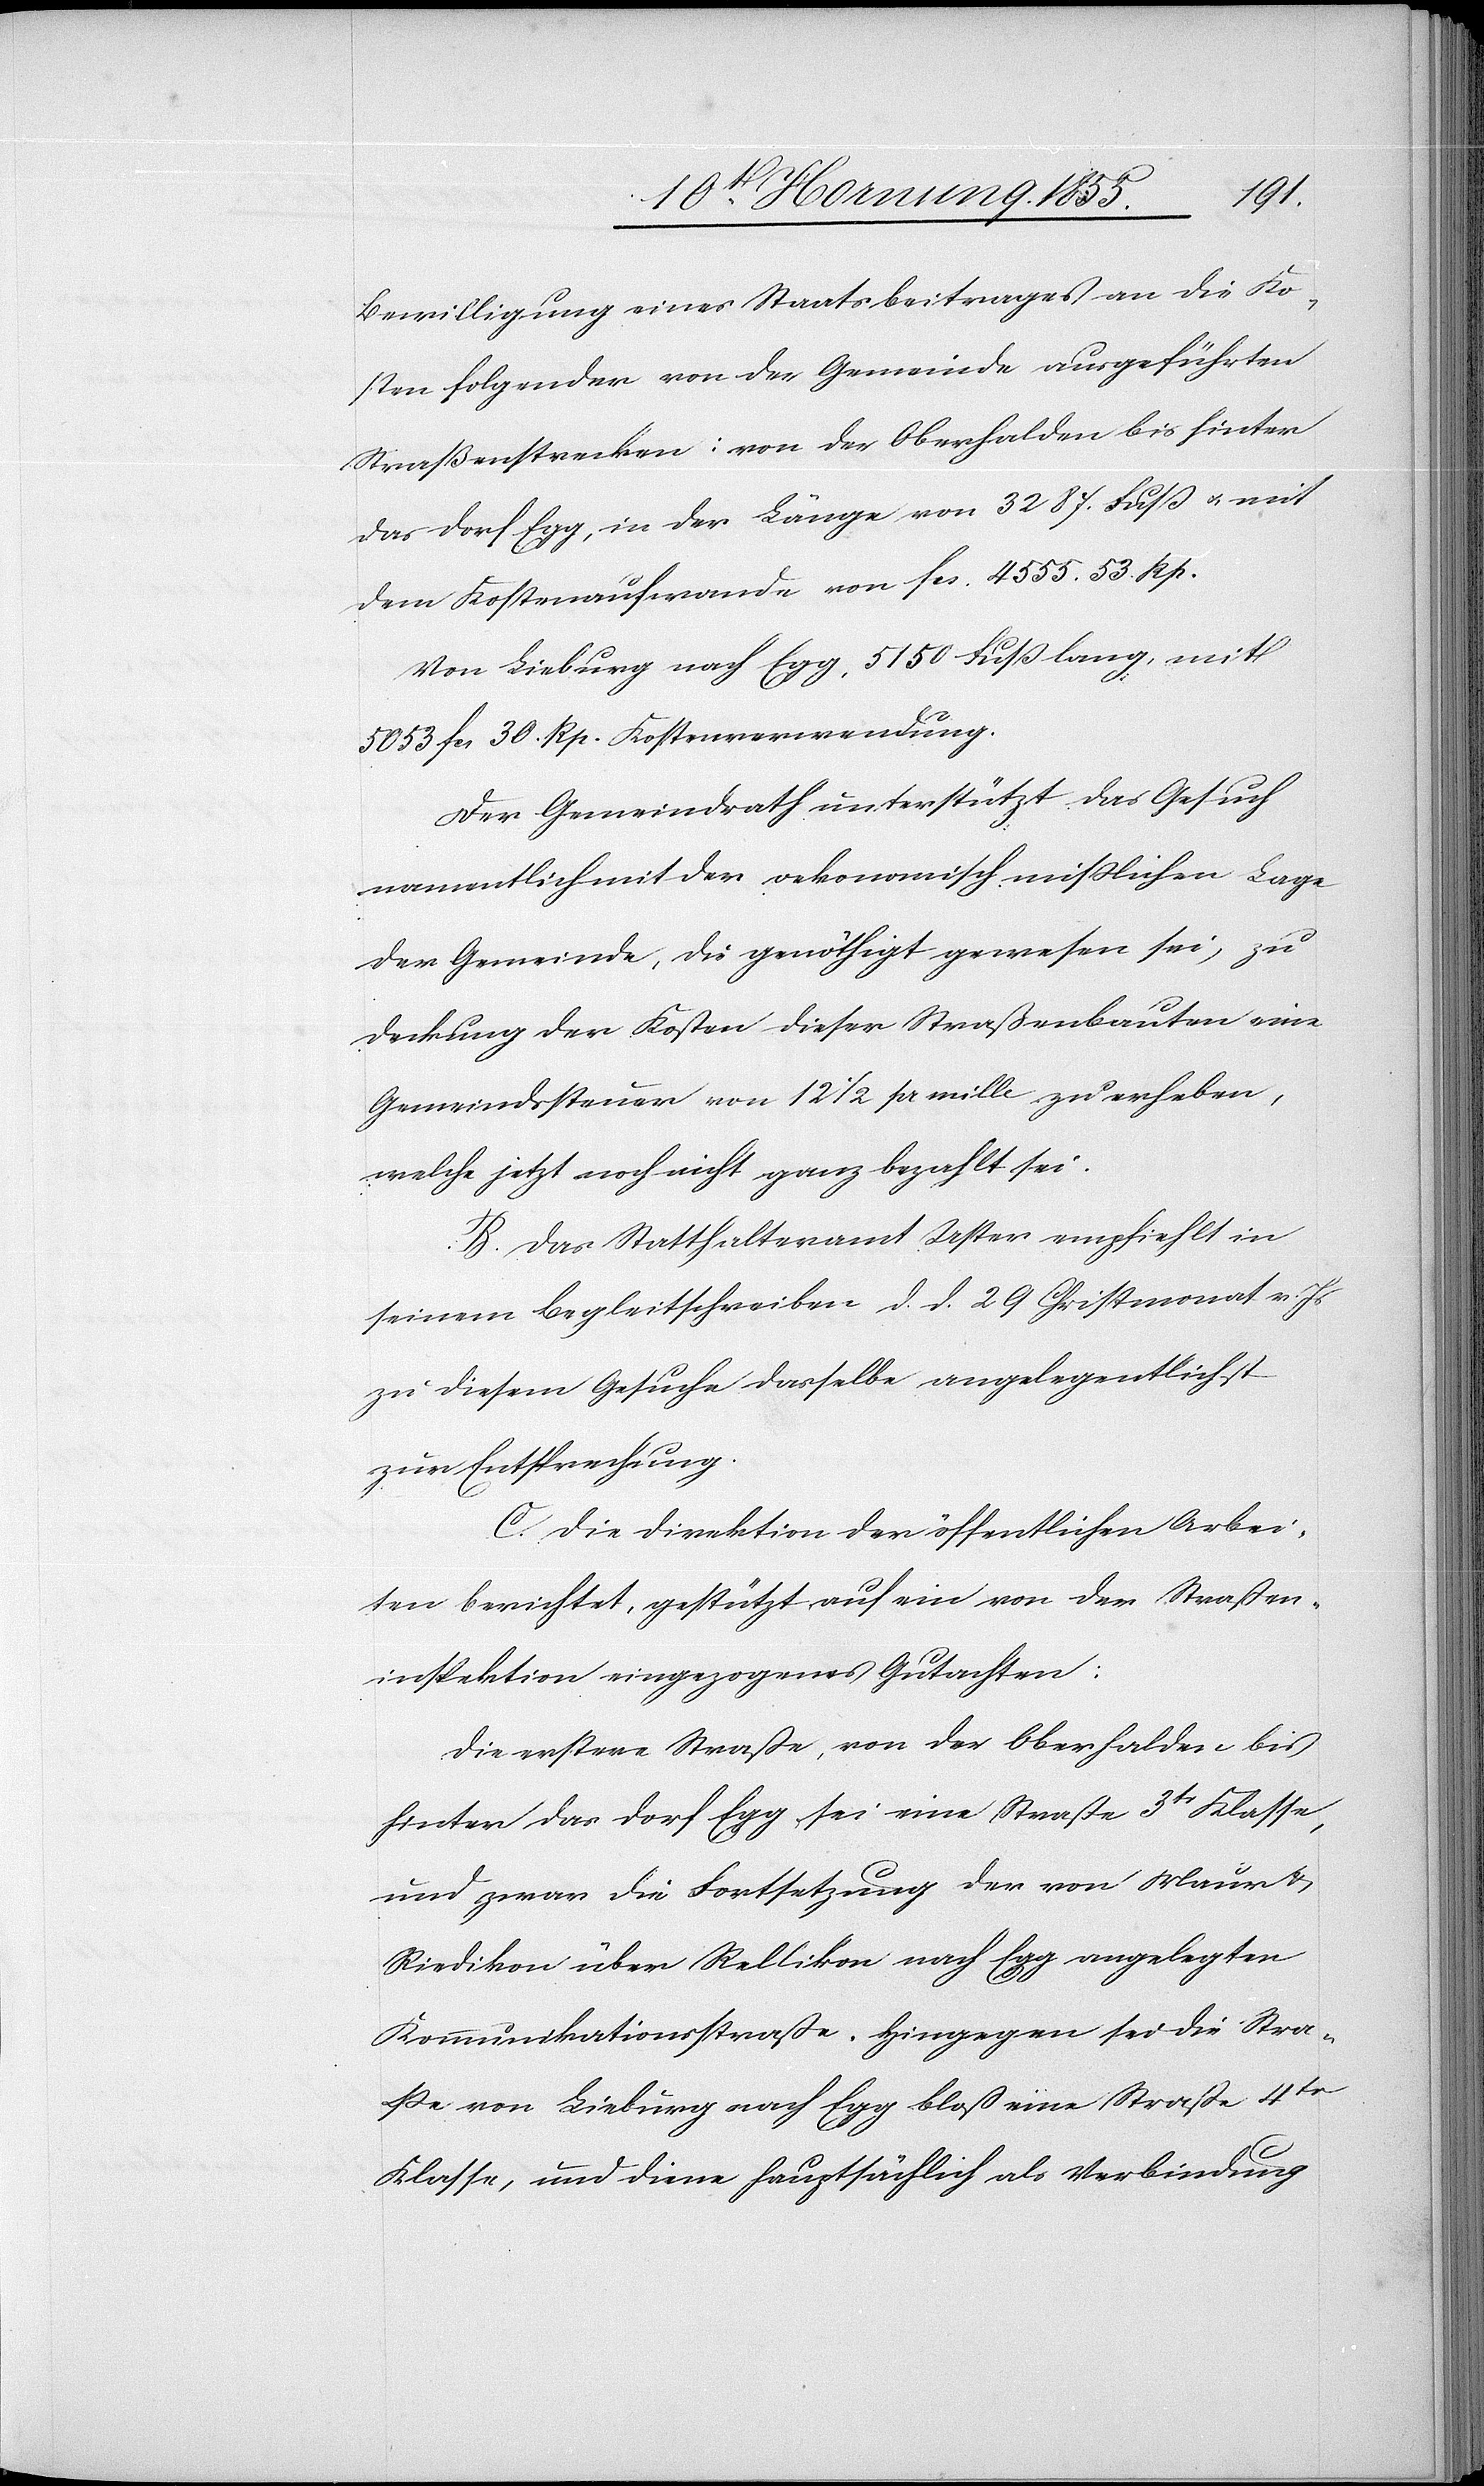
Bewilligung eines Staatsbeitrages an die Ko¬
sten folgender von der Gemeinde ausgeführten
Straßenstrecken: von der Oberhalden bis hinter
das Dorf Egg, in der Länge von 3287. Fuß & mit
dem Kostenaufwande von Fcs. 4555. 53. Rp.
Von Lieburg nach Egg, 5150 Fuß lang, mit
5053 Fcs. 30. Rp. Kostenverwendung.
Der Gemeindrath unterstützt das Gesuch
namentlich mit der oekonomisch misslichen Lage
der Gemeinde, die genöthigt gewesen sei, zu
Deckung der Kosten dieser Straßenbauten eine
Gemeindssteuer von 12 1/2 pr mille zu erheben,
welche jetzt noch nicht ganz bezahlt sei.
B. Das Statthalteramt Uster empfiehlt in
seinem Begleitschreiben d. d. 29 Christmonat v. Js
zu diesem Gesuche dasselbe angelegentlichst
zur Entsprechung.
C. Die Direktion der öffentlichen Arbei¬
ten berichtet, gestützt auf ein von der Straßen¬
inspektion eingezogenes Gutachten:
Die erstere Straße, von der Oberhalden bis
hinter das Dorf Egg, sei eine Straße 3tr Klasse,
und zwar die Fortsetzung der von Maur &
Riedikon über Rellikon nach Egg angelegten
Kommunikationsstraße. Hingegen sei die Stra¬
ße von Lieburg nach Egg bloss eine Straße 4tr
Klasse, und diene hauptsächlich als Verbindung